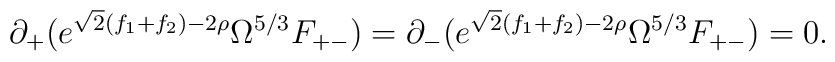
\partial_+ ( e^{\sqrt{2} (f_1 + f_2 ) -2 \rho} \Omega^{5/3} F_{+-} )= \partial_- ( e^{\sqrt{2} (f_1 + f_2 ) -2 \rho} \Omega^{5/3} F_{+-} ) = 0 .